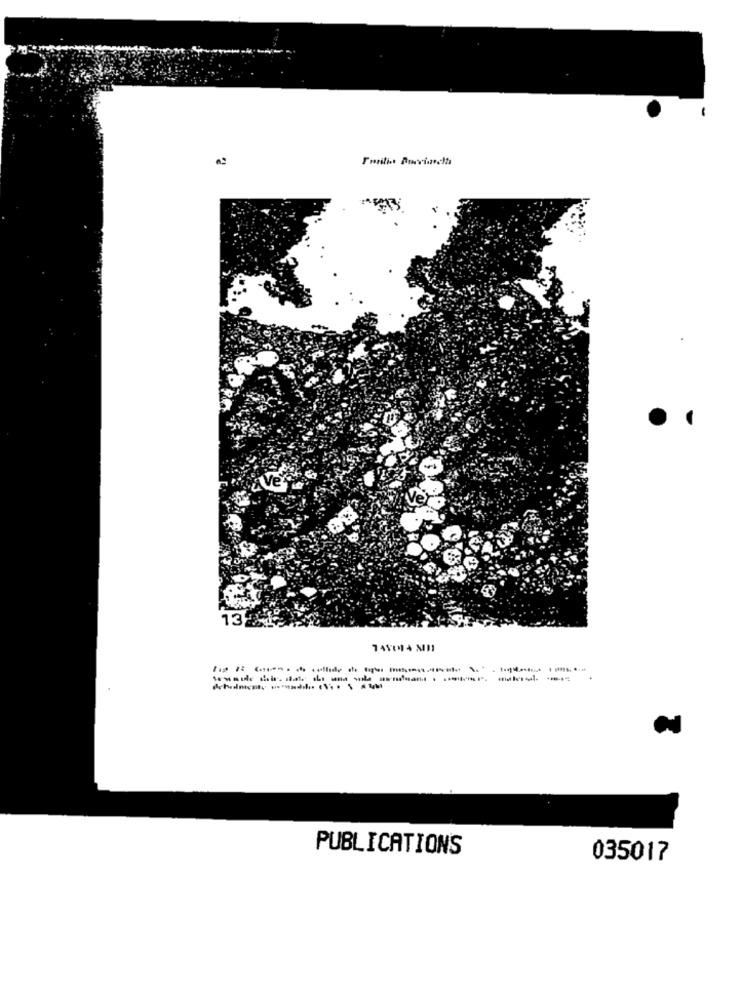
Ve
Ver
13
PUBLICATIONS
035017